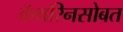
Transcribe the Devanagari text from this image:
कॅथरिनसोबत